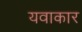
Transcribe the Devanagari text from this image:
यवाकार